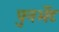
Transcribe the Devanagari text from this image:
पुनर्भेट